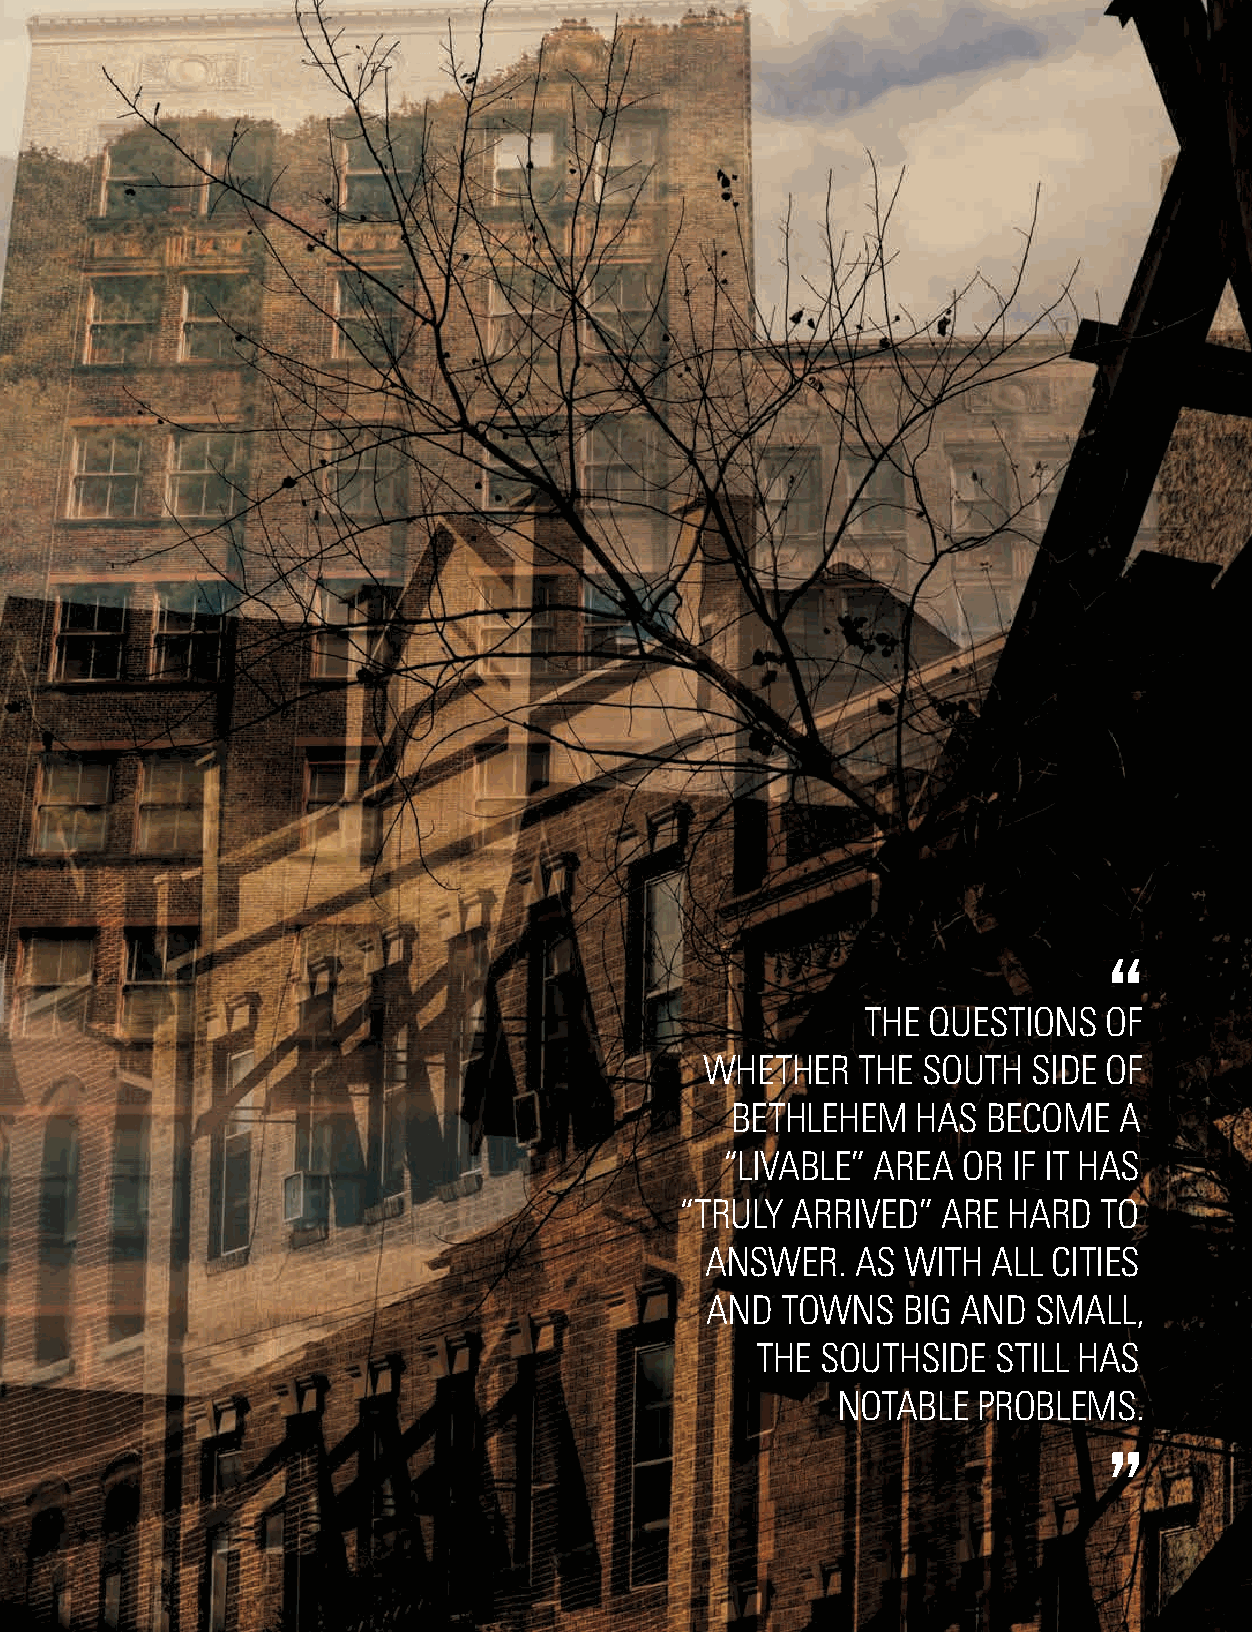
The quesTions   of
 wheTher   The  souTh  side of
 BeThlehem   has  Become   a
 “livaBle” area  or  if iT has
 “Truly  arrived”  are hard  To
 answer.   as wiTh  all ciTies
 and  Towns   Big and  small,
 The souThside  sTill has
 noTaBle  proBlems.